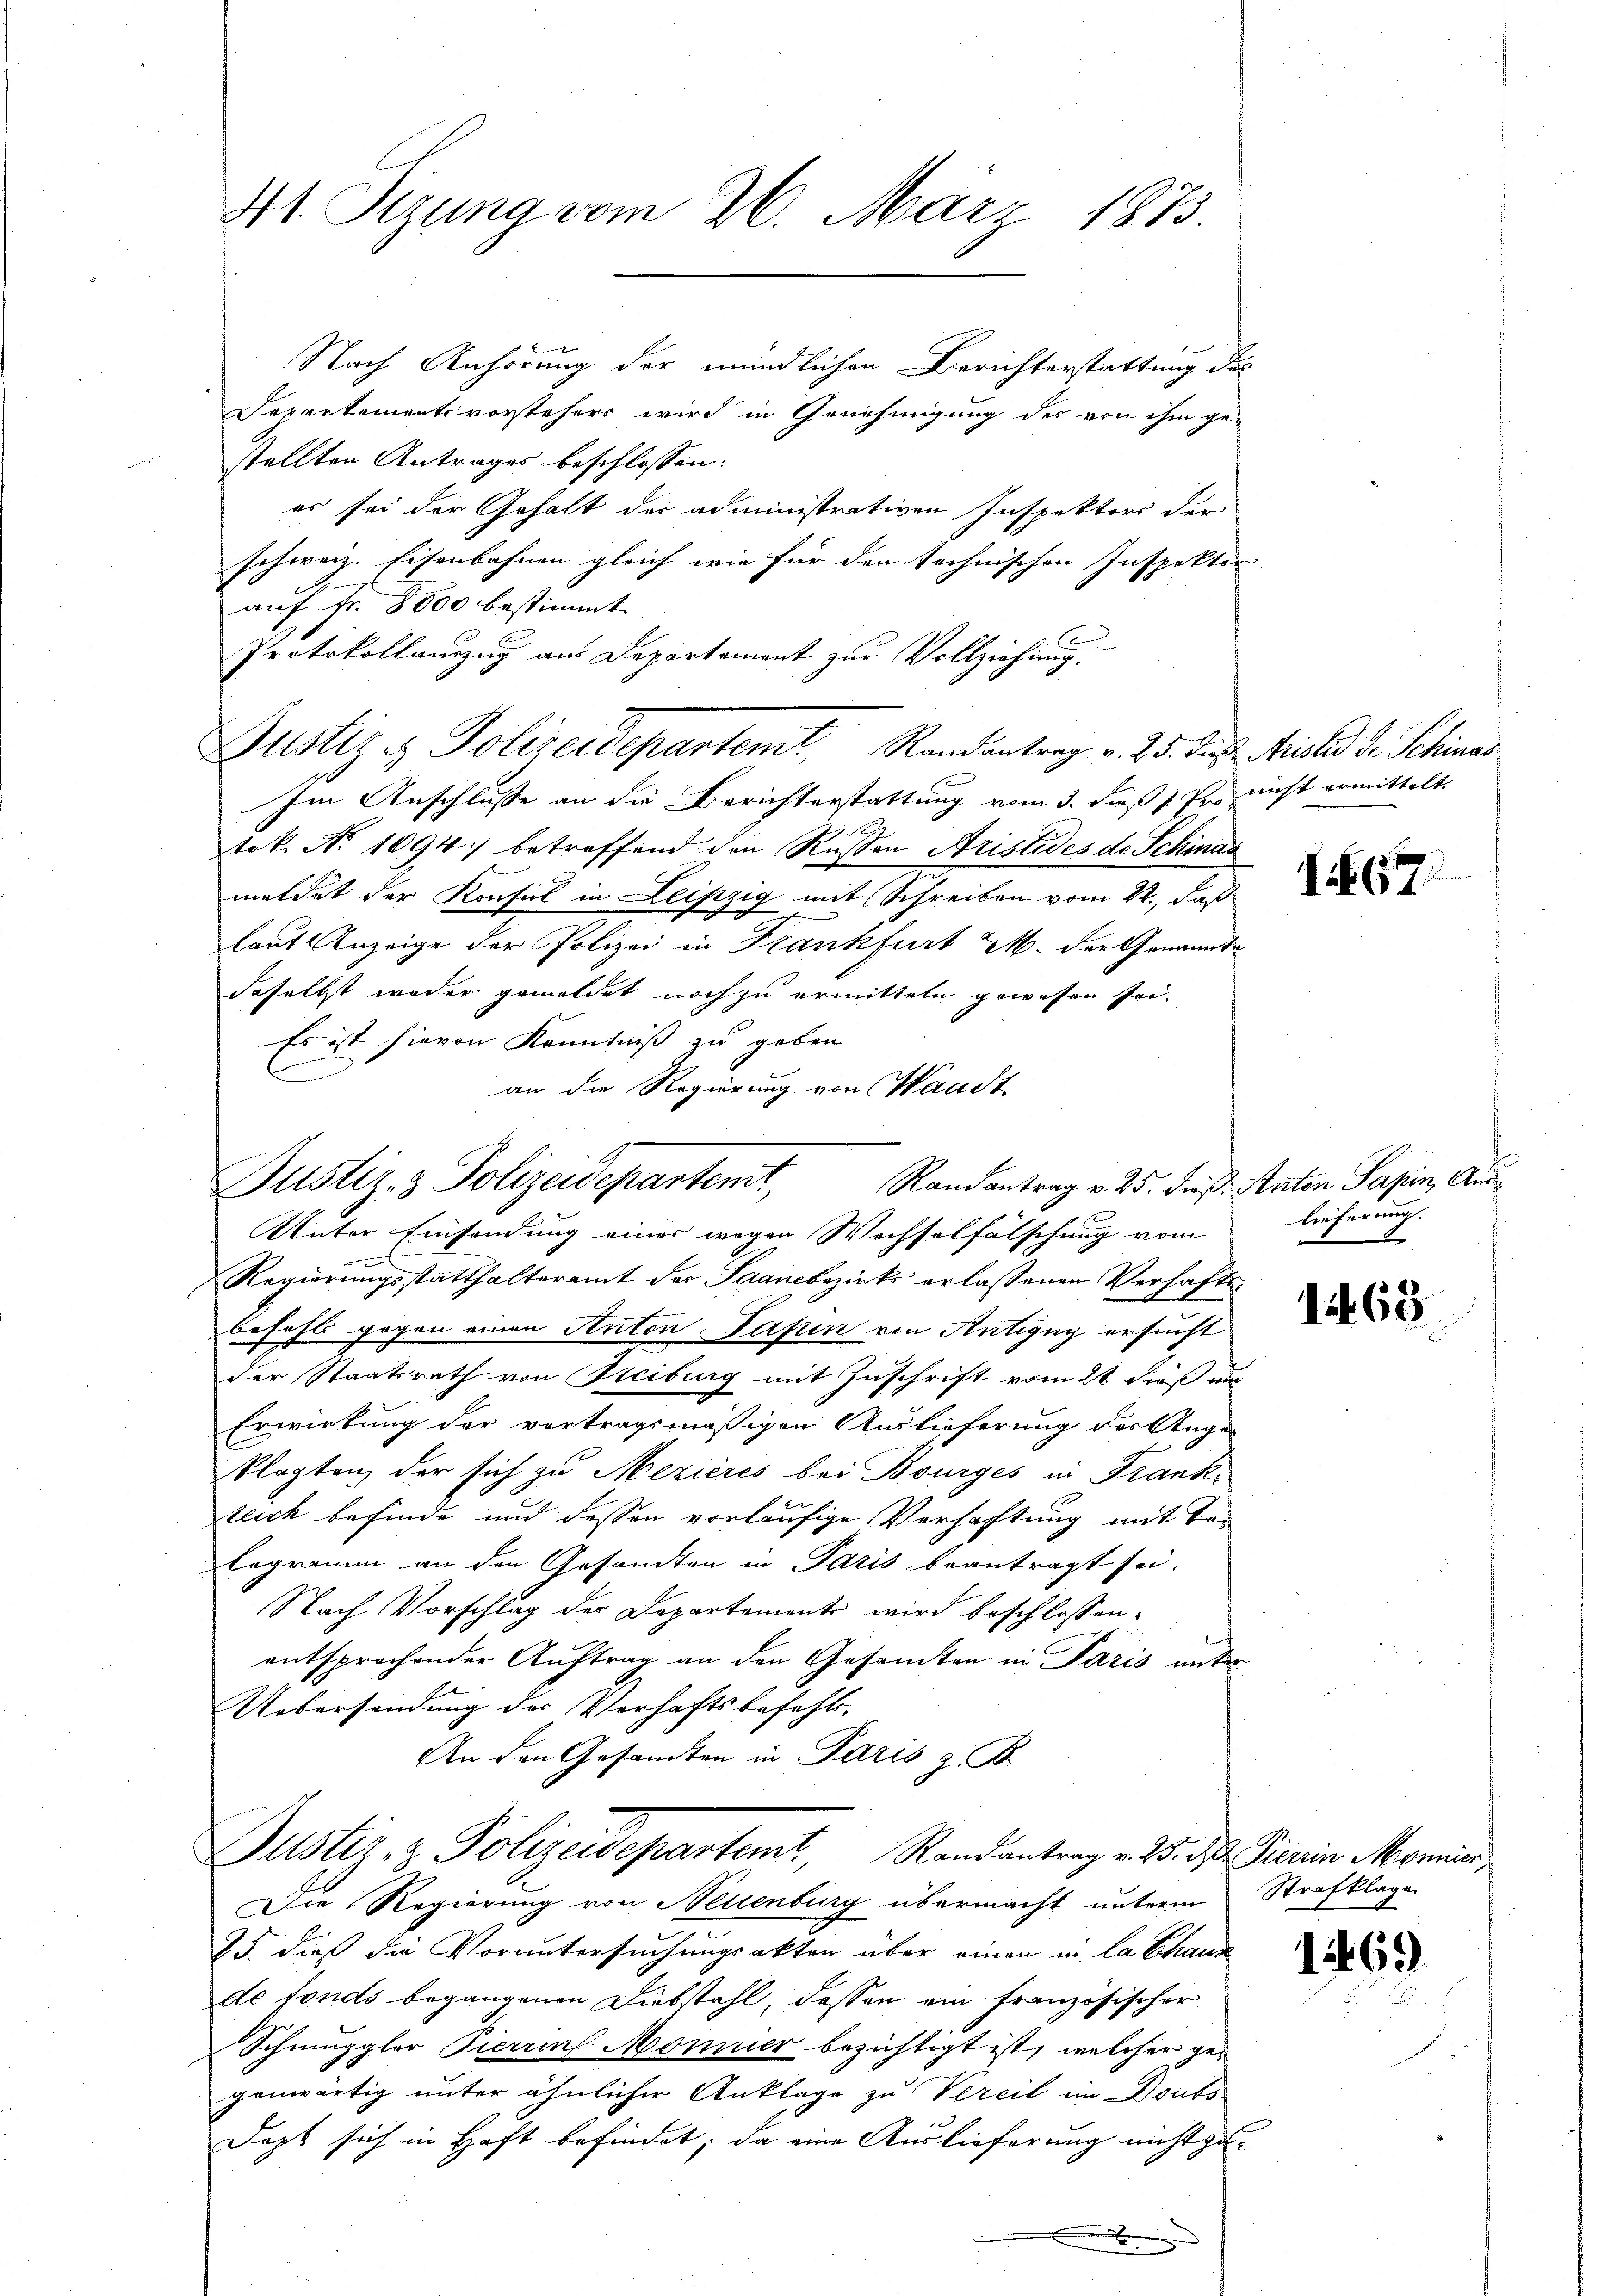
41 Sizung vom 26. März 1873.

Nach Anhörung der mündlichen Berichterstattung des
Separtementsvorstehers wird in Genehmigung des von ihm ge-
stellten Antrages beschlossen:
er sei der Gehalt der administrativen Inspektors der
schweiz. Eisenbahnen gleich wie für den technischen Inspektor |
auf Fr. 8000 bestimmt.
Protokollauszug aus Departement zur Vollziehung
Justiz & Polizeidepartemt. Randantrag v. 25. diese Meister Dr. Schinas
Im Anschlusse an die Berichterstattung vom 3. dieß s. pr. nicht ermittelt.
tok. No 1094. betreffend den Russen Aristides de Schinas
meldet der Konsul in Leipzig mit Schreiben vom 22., daß
laut Anzeige der Polizei in Frankfurt M. der Genannt
daselbst weder gemeldet noch zu ermitteln gewesen sei.
Es ist hievon Kenntniß zu geben.
an die Regierung von Waadt
Regierungsstatthalteramt der Saanebezirks erlassenen Verhafts¬
Befehl gegen einen Anton Papin von Antigny ersucht
der Staatsrath von Freiburg mit Zuschrift vom 21 dieß aus
Erwirkung der vortragsmäßigen Auslieferung der Ange-
klagten, der sich zu Mezières bei Bourges in Frankteich befinde und dessen vorläufige Verhaftung mit Talogramm an den Gesandten in Paris beantragt sei.
Nach Vorschlag der Departements wird beschlossen:
entsprochender Auftrag an den Gesamten in Paris unter
Uebersendung der Verhaftsbefehls-
An den Gesandten in Paris z. B.
Justiz- & Polizeidepartemt, Randantrag v. 25. ds. Pierin Momen,
Die Regierung von Neuenburg übermacht unterm Strafklage
25. dies die Voruntersuchungsakten über einen in La Chann
de fonds begangenen Diebstahl, dassen ein französischer
Schmuggler Pierren Mönnier bezichtigt ist, welcher gegenwärtig unter ähnlicher Anklage zu Vereit im Donts-
Jezt sich in Haft befindet, da eine Auslieferung nicht zu¬

Justiz- & Polizeidepartemt, Randantrag v. 25. dieß. Anton Sapin, Aus¬
Unter Einsendung einer wegen Wechselfälschung vom

I 67

lieferung.
x

1468

1469